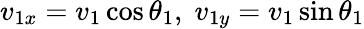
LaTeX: v_{1x}=v_{1}\cos\theta_{1},\; v_{1y}=v_{1}\sin\theta_{1}